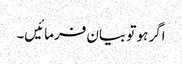
اگر ہو تو بیان فرمائیں۔